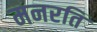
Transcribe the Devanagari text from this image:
मनरति